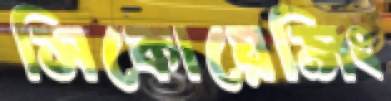
সিকোয়েন্সিং